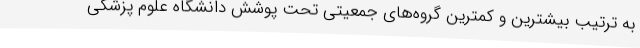
به ترتیب بیشترین و کمترین گروه‌های جمعیتی تحت پوشش دانشگاه علوم پزشکی